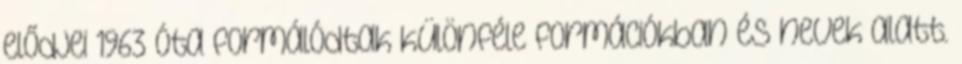
elődjei 1963 óta formálódtak különféle formációkban és nevek alatt.